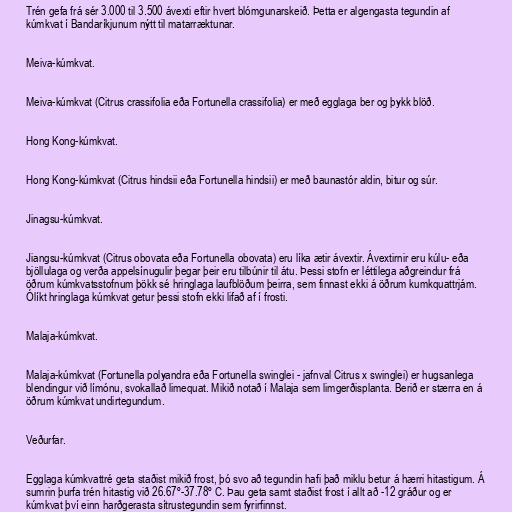
Trén gefa frá sér 3.000 til 3.500 ávexti eftir hvert blómgunarskeið. Þetta er algengasta tegundin af
kúmkvat í Bandaríkjunum nýtt til matarræktunar.

Meiva-kúmkvat.

Meiva-kúmkvat (Citrus crassifolia eða Fortunella crassifolia) er með egglaga ber og þykk blöð.

Hong Kong-kúmkvat.

Hong Kong-kúmkvat (Citrus hindsii eða Fortunella hindsii) er með baunastór aldin, bitur og súr.

Jinagsu-kúmkvat.

Jiangsu-kúmkvat (Citrus obovata eða Fortunella obovata) eru líka ætir ávextir. Ávextirnir eru kúlu- eða
bjöllulaga og verða appelsínugulir þegar þeir eru tilbúnir til átu. Þessi stofn er léttilega aðgreindur frá
öðrum kúmkvatsstofnum þökk sé hringlaga laufblöðum þeirra, sem finnast ekki á öðrum kumkquattrjám.
Ólíkt hringlaga kúmkvat getur þessi stofn ekki lifað af í frosti.

Malaja-kúmkvat.

Malaja-kúmkvat (Fortunella polyandra eða Fortunella swinglei - jafnval Citrus x swinglei) er hugsanlega
blendingur við límónu, svokallað limequat. Mikið notað í Malaja sem limgerðisplanta. Berið er stærra en á
öðrum kúmkvat undirtegundum.

Veðurfar.

Egglaga kúmkvattré geta staðist mikið frost, þó svo að tegundin hafi það miklu betur á hærri hitastigum. Á
sumrin þurfa trén hitastig við 26.67º-37.78º C. Þau geta samt staðist frost í allt að -12 gráður og er
kúmkvat því einn harðgerasta sítrustegundin sem fyrirfinnst.